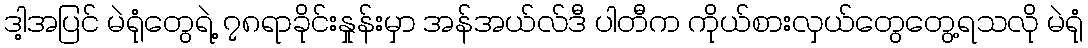
ဒါ့အပြင် မဲရုံတွေရဲ့ ၇၈ရာခိုင်းနှုန်းမှာ အန်အယ်လ်ဒီ ပါတီက ကိုယ်စားလှယ်တွေတွေ့ရသလို မဲရုံ